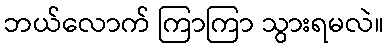
ဘယ်လောက် ကြာကြာ သွားရမလဲ။